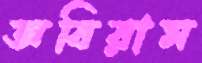
অবিরাম